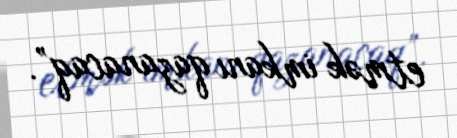
etmək imkanı qazanacaq”.